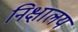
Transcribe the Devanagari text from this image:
निक्षालय